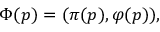
\Phi ( p ) = ( \pi ( p ) , \varphi ( p ) ) ,